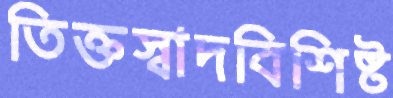
তিক্তস্বাদবিশিষ্ট